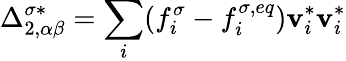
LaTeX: \Delta_{2,\alpha\beta}^{\sigma*}=\sum_{i}(f_{i}^{\sigma}-f_{i}^{\sigma,eq})\mathbf{v}_{i}^{*}\mathbf{v}_{i}^{*}